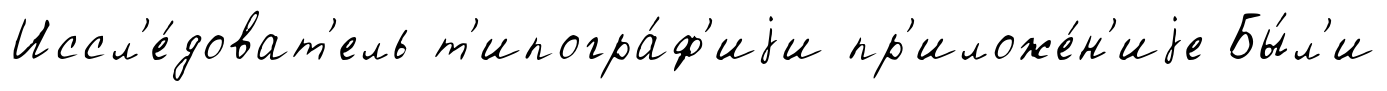
Иссл'е́доват'ель т'ипогра́ф'иjи пр'иложе́н'иjе Бы́л'и